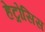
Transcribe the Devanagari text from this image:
हेट्रोसिस